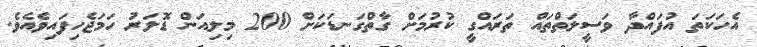
އެހަކަތަ އުފައްދާ ވަސީލަތްތައް ތަރައްގީ ކުރުމަށް ގާތްގަނޑަކަށް 200 މިލިއަން ޑޮލަރު ހަމަޖެހިފައިވެއެވެ.